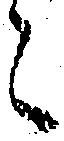
々